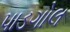
પાડગોલ